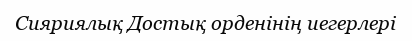
Сияриялық Достық орденінің иегерлері